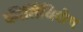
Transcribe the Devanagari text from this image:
कीर्तिविशेष